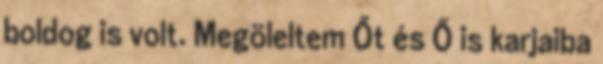
boldog is volt. Megöleltem Őt és Ő is karjaiba